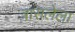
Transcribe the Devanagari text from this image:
त्रासलेला